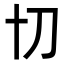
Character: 𭃄